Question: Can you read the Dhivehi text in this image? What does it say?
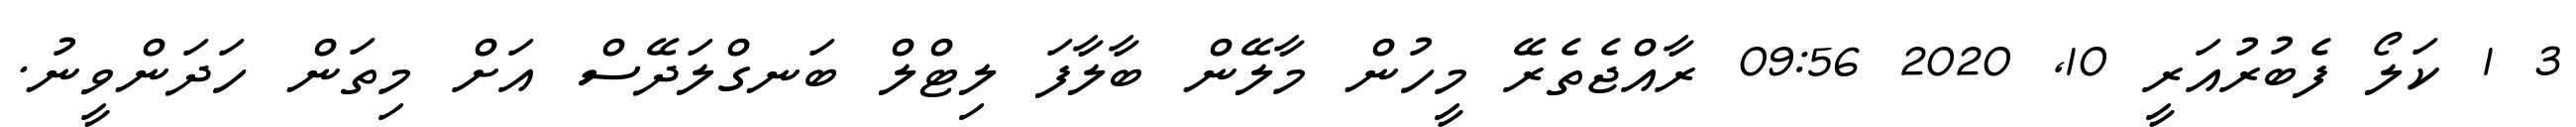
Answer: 3 1 ކަލޯ ފެބުރުއަރީ 10, 2020 09:56 ރާއްޖެތެރޭ މީހުން މާލޭން ބާލާފަ ލިޓްލް ބަނގްލަދޭސް އަށް މިތަން ހަދަންވީނު.